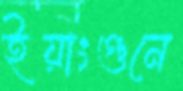
ইয়াংগুনে